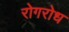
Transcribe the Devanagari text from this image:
रोगरोध